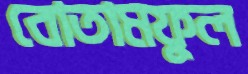
বোতামফুল